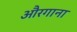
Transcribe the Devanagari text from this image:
औरगाना